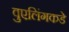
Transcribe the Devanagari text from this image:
वुएलिंगकडे